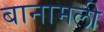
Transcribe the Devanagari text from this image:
बानामली